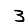
Digit: 3